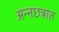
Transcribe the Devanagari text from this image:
अन्नछत्रात